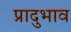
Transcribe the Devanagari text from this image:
प्रादुभाव